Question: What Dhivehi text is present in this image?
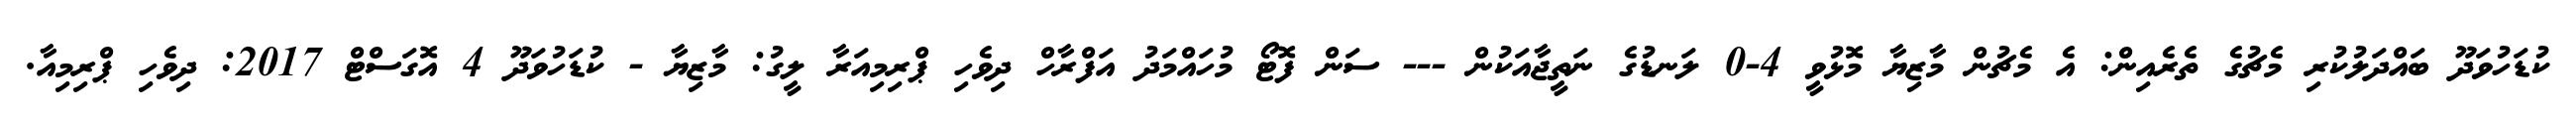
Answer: ކުޑަހުވަދޫ ބައްދަލުކުރި މެޗުގެ ތެރެއިން: އެ މެޗުން މާޒިޔާ މޮޅުވީ 4-0 ލަނޑުގެ ނަތީޖާއަކުން --- ސަން ފޮޓޯ މުހައްމަދު އަފްރާހް ދިވެހި ޕްރިމިއަރާ ލީގު: މާޒިޔާ - ކުޑަހުވަދޫ 4 އޮގަސްޓް 2017: ދިވެހި ޕްރިމިއާ.